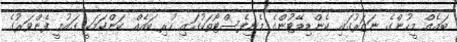
ބައެއް މީހުންގެ ނަޒަރުގައި ކެންޑިޑޭޓުންގެ މެނިފެސްޓޯތަކުގައި ހުރި ބައެއް ކަންކަމަކީ ގައުމީ ފެންވަރުގެ